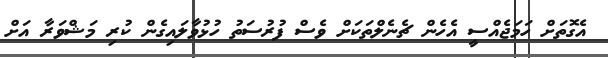
އެގޮތަށް ހަމަޖެއްސީ އެހެން ޗެނެލްތަކަށް ވެސް ފުރުސަތު ހުޅުވާލައިގެން ކުރި މަޝްވަރާ އަށް